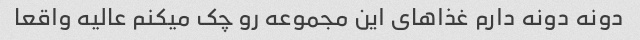
دونه دونه دارم غذاهای این مجموعه رو چک میکنم عالیه واقعا